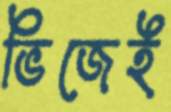
ভিজেই